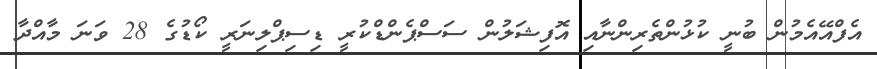
އެފްއޭއެމުން ބުނީ ކުޅުންތެރިންނާއި އޮފިޝަލުން ސަސްޕެންޑްކުރީ ޑިސިޕްލިނަރީ ކޯޑުގެ 28 ވަނަ މާއްދާ